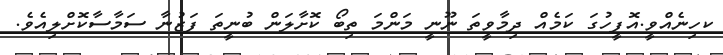
ކހިނެއްވީ.އޮފީހުގަ ކަމެއް ދިމާވީތަ ނޫނީ މަންމަ ތިބޯ ކޮށާލަން ބުނީތަ ފަޒުނާ ސަމާސާކޮށްލިއެވެ.